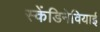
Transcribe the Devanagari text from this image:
स्केंडिनेवियाई